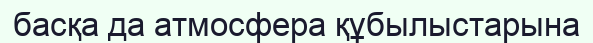
басқа да атмосфера құбылыстарына